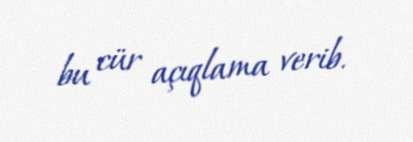
bu cür açıqlama verib.